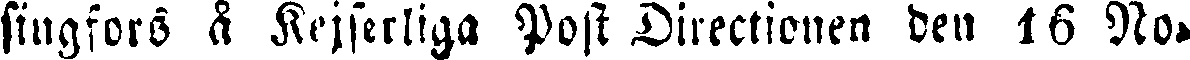
singfors å Kejserliga Post Directionen den 16 No-